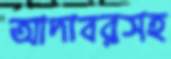
আদাবরসহ